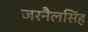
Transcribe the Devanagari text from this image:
जरनैलसिंह